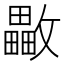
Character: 𣀡